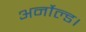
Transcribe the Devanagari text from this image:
अर्नोल्ड।